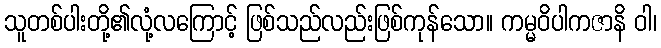
သူတစ်ပါးတို့၏လုံ့လကြောင့် ဖြစ်သည်လည်းဖြစ်ကုန်သော။ ကမ္မဝိပါကဇာနိ ဝါ၊